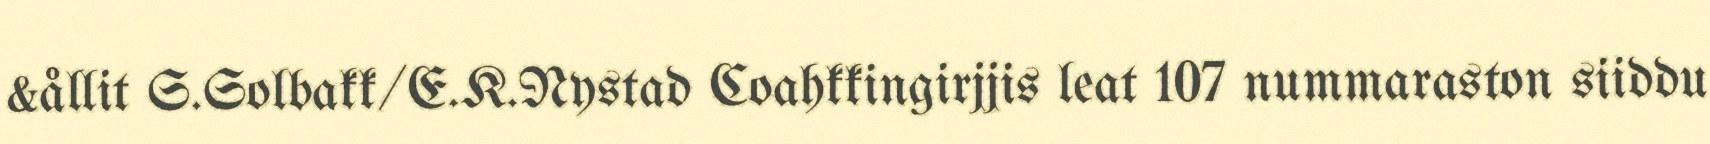
&ållit S.Solbakk/E.K.Nystad Coahkkingirjjis leat 107 nummaraston siiddu